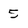
Character: 5